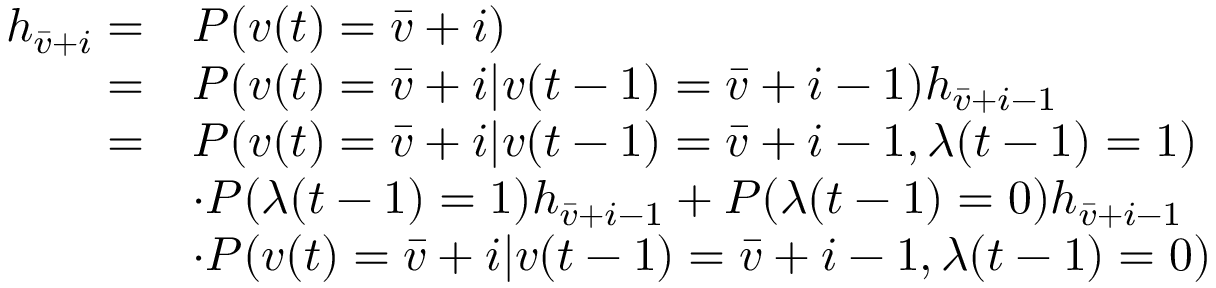
\begin{array} { r l } { { h } _ { \bar { v } + i } = } & { P ( v ( t ) = \bar { v } + i ) } \\ { = } & { P ( v ( t ) = \bar { v } + i | v ( t - 1 ) = \bar { v } + i - 1 ) { h } _ { \bar { v } + i - 1 } } \\ { = } & { P ( v ( t ) = \bar { v } + i | v ( t - 1 ) = \bar { v } + i - 1 , \lambda ( t - 1 ) = 1 ) } \\ & { \cdot P ( \lambda ( t - 1 ) = 1 ) { h } _ { \bar { v } + i - 1 } + P ( \lambda ( t - 1 ) = 0 ) { h } _ { \bar { v } + i - 1 } } \\ & { \cdot P ( v ( t ) = \bar { v } + i | v ( t - 1 ) = \bar { v } + i - 1 , \lambda ( t - 1 ) = 0 ) } \end{array}